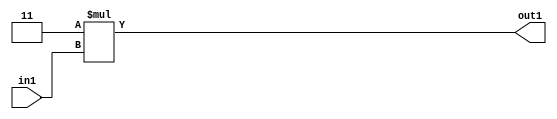
`timescale 1ps / 1ps
/*****************************************************************************
    Verilog RTL Description
    
    
    Created by: Stratus DpOpt 2019.1.01 
*******************************************************************************/

module ImageGradient_Mul2i3u2_4 (
	in1,
	out1
	); /* architecture "behavioural" */ 
input [1:0] in1;
output [3:0] out1;
wire [3:0] asc001;

assign asc001 = 
	+(4'B0011 * in1);

assign out1 = asc001;
endmodule

/* CADENCE  urf0SQk= : u9/ySgnWtBlWxVPRXgAZ4Og= ** DO NOT EDIT THIS LINE ******/